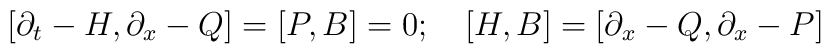
[\partial_t-H, \partial_x-Q]=[P,B]=0; \quad[H,B] = [\partial_x -Q, \partial_x -P]